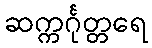
ဆက္ကင်္ဂုတ္တရေ